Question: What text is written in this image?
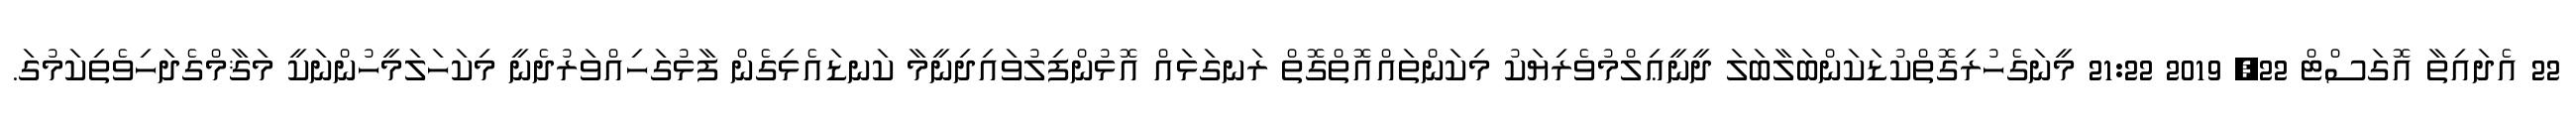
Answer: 22 އެދައިތާ އޮގަސްޓް 22, 2019 21:22 މީނަގެހުރިގޮތްކުޑަކަންބަލާބަލަ ދީނީޢިލްމުވެރިޔަކު މިކަންތައްއޮތްގޮތް ރަނގަޅައް އޮޅުންފިލުވައިދިނީމާ ކަނޑައެޅިގެން ފާޅުގަހިއްވަރުދެނީ މިކަހަލަމީހުންނަކީ މަޤާމްގެދަހިވެތިކަމުގަ.